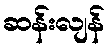
ဆန်းလျန်